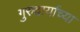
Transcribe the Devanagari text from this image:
गुरुद्वार्याच्या